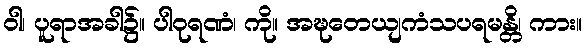
ဝါ၊ ပူရာအခါ၌။ ပါဝုရဏံ၊ ကို။ အဍ္ဎတေယျကံသပရမန္တိ၊ ကား။